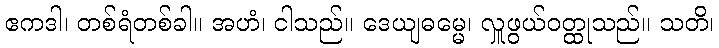
ဧကဒါ၊ တစ်ရံတစ်ခါ။ အဟံ၊ ငါသည်။ ဒေယျဓမ္မေ၊ လှူဖွယ်ဝတ္ထုသည်။ သတိ၊